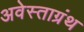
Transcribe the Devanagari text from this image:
अवेस्ताग्रंथ